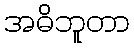
အဓိဘူတာ